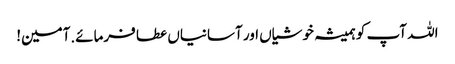
اللہ آپ کو ہمیشہ خوشیاں اور آسانیاں عطا فرمائے.آمین!